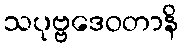
သပုဗ္ဗဒေဝတာနိ